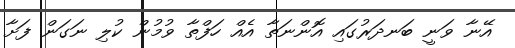
އޭނާ ވަނީ ބަނދަރުގައި އޮންނަތާ އެއް ހަފްތާ ވުމުން ކުލި ނަގަން ފަށާ